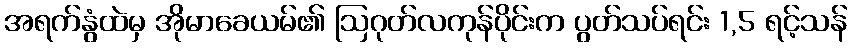
အရက်နွံထဲမှ အိုမာခေယမ်၏ ဩဂုတ်လကုန်ပိုင်းက ပွတ်သပ်ရင်း 1,5 ရင့်သန်